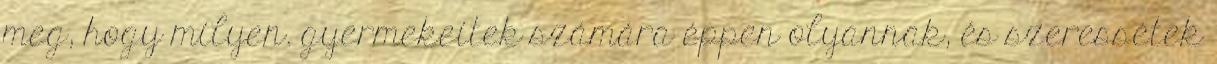
meg, hogy milyen. gyermekeitek számára éppen olyannak, és szeressétek